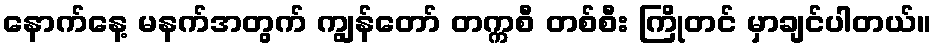
နောက်နေ့ မနက်အတွက် ကျွန်တော် တက္ကစီ တစ်စီး ကြိုတင် မှာချင်ပါတယ်။